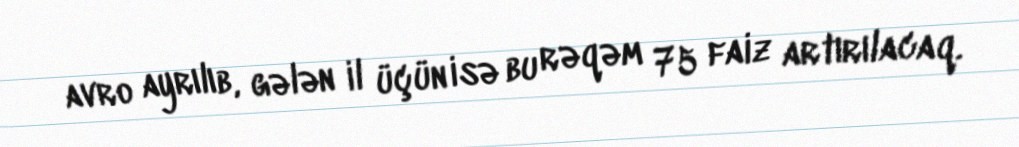
avro ayrılıb, gələn il üçün isə bu rəqəm 75 faiz artırılacaq.